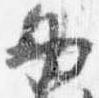
必